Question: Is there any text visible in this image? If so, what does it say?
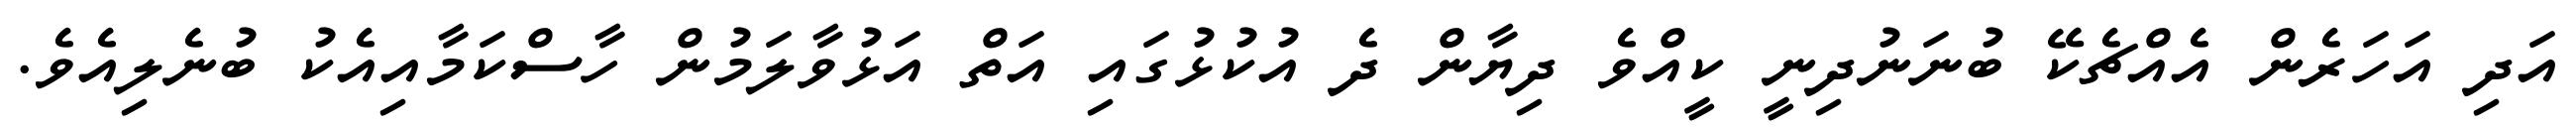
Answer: އަދި އަހަރެން އެއްޗެކޭ ބުނަނުދިނީ ކީއްވެ ދިޔާން ދެ އުކުޅުގައި އަތް އަޅުވާލަމުން ހާސްކަމާއިއެކު ބުނެލިއެވެ.